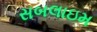
સબલાઇમ